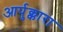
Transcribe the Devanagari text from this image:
आर्पुक्कारा